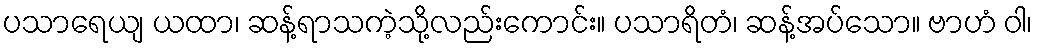
ပသာရေယျ ယထာ၊ ဆန့်ရာသကဲ့သို့လည်းကောင်း။ ပသာရိတံ၊ ဆန့်အပ်သော။ ဗာဟံ ဝါ၊